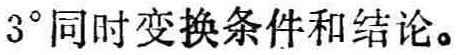
$3^{\circ}$同时变换条件和结论。